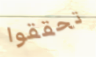
تحققوا